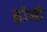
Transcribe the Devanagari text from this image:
होजी